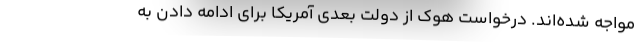
مواجه شده‌اند. درخواست هوک از دولت بعدی آمریکا برای ادامه دادن به